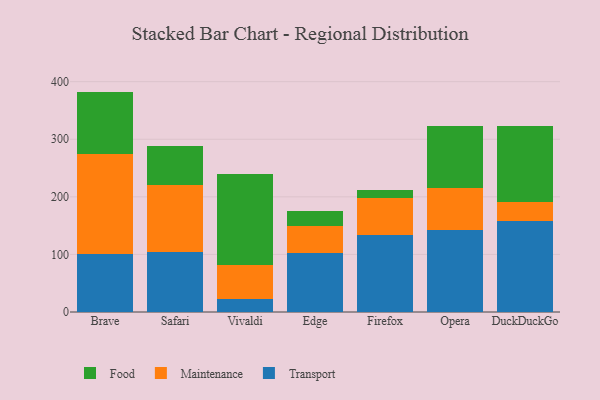
{"axis": {"x": "Browser", "y": "LTV (USD)"}, "legend": ["Food", "Maintenance", "Transport"], "data": [{"x": "Brave", "y": 100.1, "type": "Transport"}, {"x": "Brave", "y": 174.5, "type": "Maintenance"}, {"x": "Brave", "y": 108.2, "type": "Food"}, {"x": "Safari", "y": 103.7, "type": "Transport"}, {"x": "Safari", "y": 116.5, "type": "Maintenance"}, {"x": "Safari", "y": 68.6, "type": "Food"}, {"x": "Vivaldi", "y": 22.4, "type": "Transport"}, {"x": "Vivaldi", "y": 58.9, "type": "Maintenance"}, {"x": "Vivaldi", "y": 158.7, "type": "Food"}, {"x": "Edge", "y": 102.0, "type": "Transport"}, {"x": "Edge", "y": 46.6, "type": "Maintenance"}, {"x": "Edge", "y": 26.1, "type": "Food"}, {"x": "Firefox", "y": 134.2, "type": "Transport"}, {"x": "Firefox", "y": 64.5, "type": "Maintenance"}, {"x": "Firefox", "y": 12.4, "type": "Food"}, {"x": "Opera", "y": 141.7, "type": "Transport"}, {"x": "Opera", "y": 73.7, "type": "Maintenance"}, {"x": "Opera", "y": 106.9, "type": "Food"}, {"x": "DuckDuckGo", "y": 157.4, "type": "Transport"}, {"x": "DuckDuckGo", "y": 32.8, "type": "Maintenance"}, {"x": "DuckDuckGo", "y": 132.6, "type": "Food"}]}